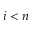
i < n